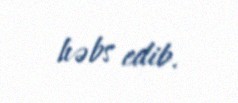
həbs edib.